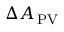
\Delta { { A _ { \, \mathrm { { P V } } } } }